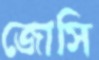
জোসি